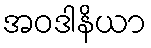
အဝဒါနိယာ